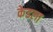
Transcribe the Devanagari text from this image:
केडला